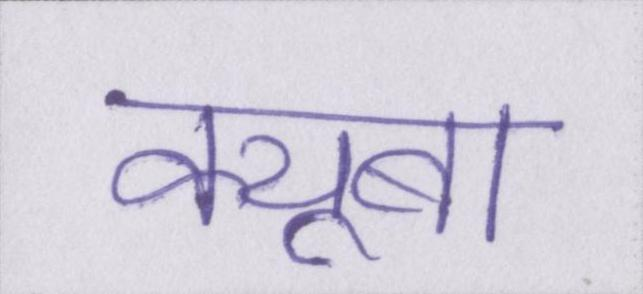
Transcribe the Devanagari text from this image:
क्यूबा